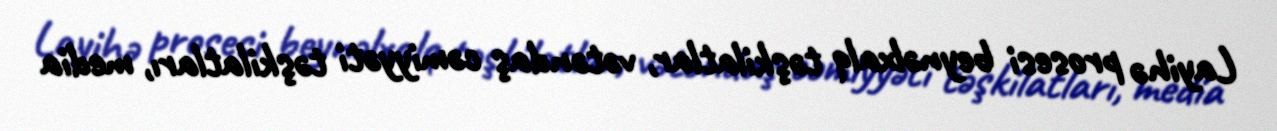
Layihə prosesi beynəlxalq təşkilatlar, vətəndaş cəmiyyəti təşkilatları, media